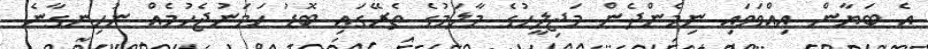
އެ ބަޔާން އިއްވަވައި ނިމެންދެން މަޖިލީހުގެ މާލަމުގެ ތެރޭގައި ބޮޑު ހަމަނުޖެހުމެއް ނުހިނގާނެ